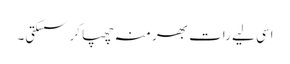
اسی لیے رات بھر منہ چھپا کر سسکتی۔